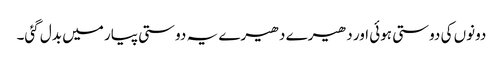
دونوں کی دوستی ہوئی اور دھیرے دھیرے یہ دوستی پیار میں بدل گئی۔